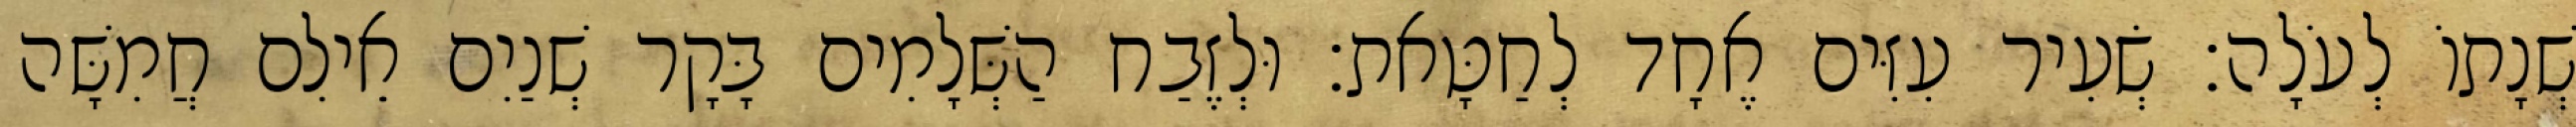
שְׁנָתוֹ לְעֹלָה׃ שְׂעִיר עִזִּים אֶחָד לְחַטָּאת׃ וּלְזֶבַח הַשְּׁלָמִים בָּקָר שְׁנַיִם אֵילִם חֲמִשָּׁה